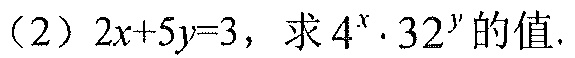
（2）\(2x + 5y = 3\)，求\(4^{x}\cdot32^{y}\)的值.